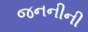
જનનીની